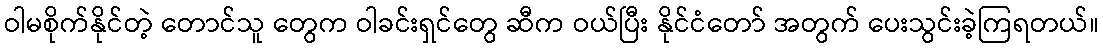
ဝါမစိုက်နိုင်တဲ့ တောင်သူ တွေက ဝါခင်းရှင်တွေ ဆီက ဝယ်ပြီး နိုင်ငံတော် အတွက် ပေးသွင်းခဲ့ကြရတယ်။